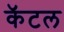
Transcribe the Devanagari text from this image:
कॅटल